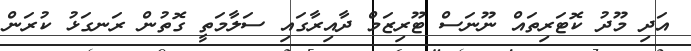
އަދި މޫދު ކޮޓަރިތައް ނޫނަސް ޓޫރިޒަމް ދާއިރާގައި ސަލާމަތީ ގޮތުން ރަނގަޅު ކުރަން